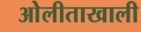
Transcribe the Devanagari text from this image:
ओेलीताखाली